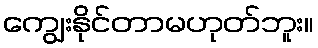
ကျွေးနိုင်တာမဟုတ်ဘူး။